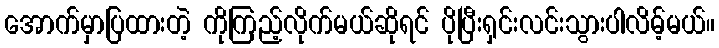
အောက်မှာပြထားတဲ့ ကိုကြည့်လိုက်မယ်ဆိုရင် ပိုပြီးရှင်းလင်းသွားပါလိမ့်မယ်။